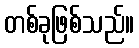
တစ်ခုဖြစ်သည်။